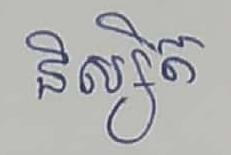
និស្សិត